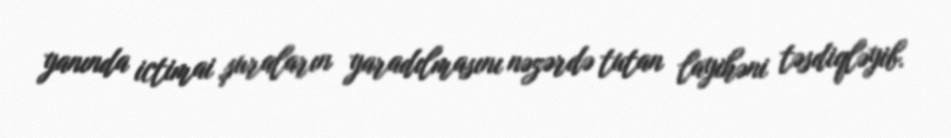
yanında ictimai şuraların yaradılmasını nəzərdə tutan layihəni təsdiqləyib.